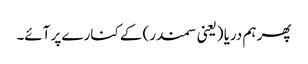
پھر ہم دریا (یعنی سمندر) کے کنارے پر آئے۔